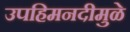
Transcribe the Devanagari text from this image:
उपहिमनदीमुळे